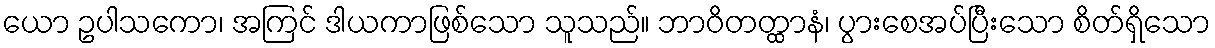
ယော ဥပါသကော၊ အကြင် ဒါယကာဖြစ်သော သူသည်။ ဘာဝိတတ္ထာနံ၊ ပွားစေအပ်ပြီးသော စိတ်ရှိသော